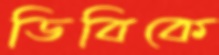
ডিবিকে